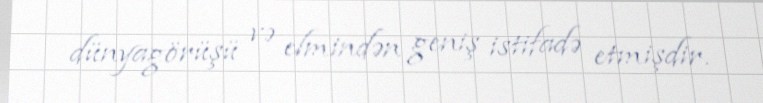
dünyagörüşü və elmindən geniş istifadə etmişdir.